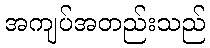
အကျပ်အတည်းသည်